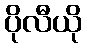
ပိုလီယို